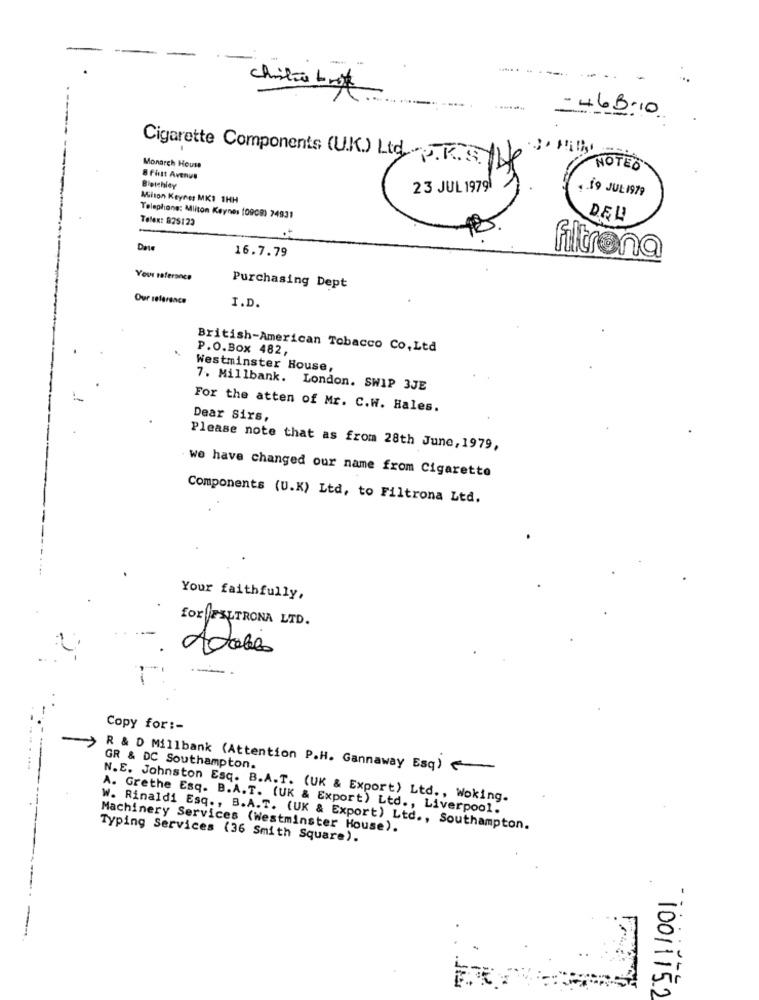
-
chilis Lagt
=468:10
Monarch House
Cigarette Components (UK) Ltd. J.K.S. He
NOTED
8 first Avenue
Bleichicy
23 JUL 1979
Milton Keynes MKI 1HH
.19 JUL 1979
Telex: 825123
Telephone: Milton Keynes (0908) 74931
DEL
Date
16.7.79
filtrona
Your raferance
Purchasing Dept
Our reference
I.D.
British-American Tobacco Co,Ltd
P.O.Box 482,
Westminster House,
7. Millbank. London. SWIP 3JE
For the atten of Mr. C.W. Hales.
Dear Sirs,
Please note that as from 28th June, 1979,
we have changed our name from Cigarette
Components (U.K) Ltd, to Filtrona Ltd.
Your faithfully,
for FELTRONA LTD.
Adois
-
Copy for :-
-
GR & DC Southampton.
R & D Millbank (Attention P.H. Gannaway Esq)
N.E. Johnston Esq. B.A.T. (UK & Export) Ltd ., Woking.
A. Grethe Esq. B.A.T. (UK & Export) Ltd ., Liverpool.
Machinery Services (Westminster House).
W. Rinaldi Esq ., B.A.T. (UK & Export) Ltd ., Southampton.
Typing Services (36 Smith Square).
1001115